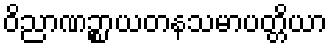
ဝိညာဏဉ္စာယတနသမာပတ္တိယာ